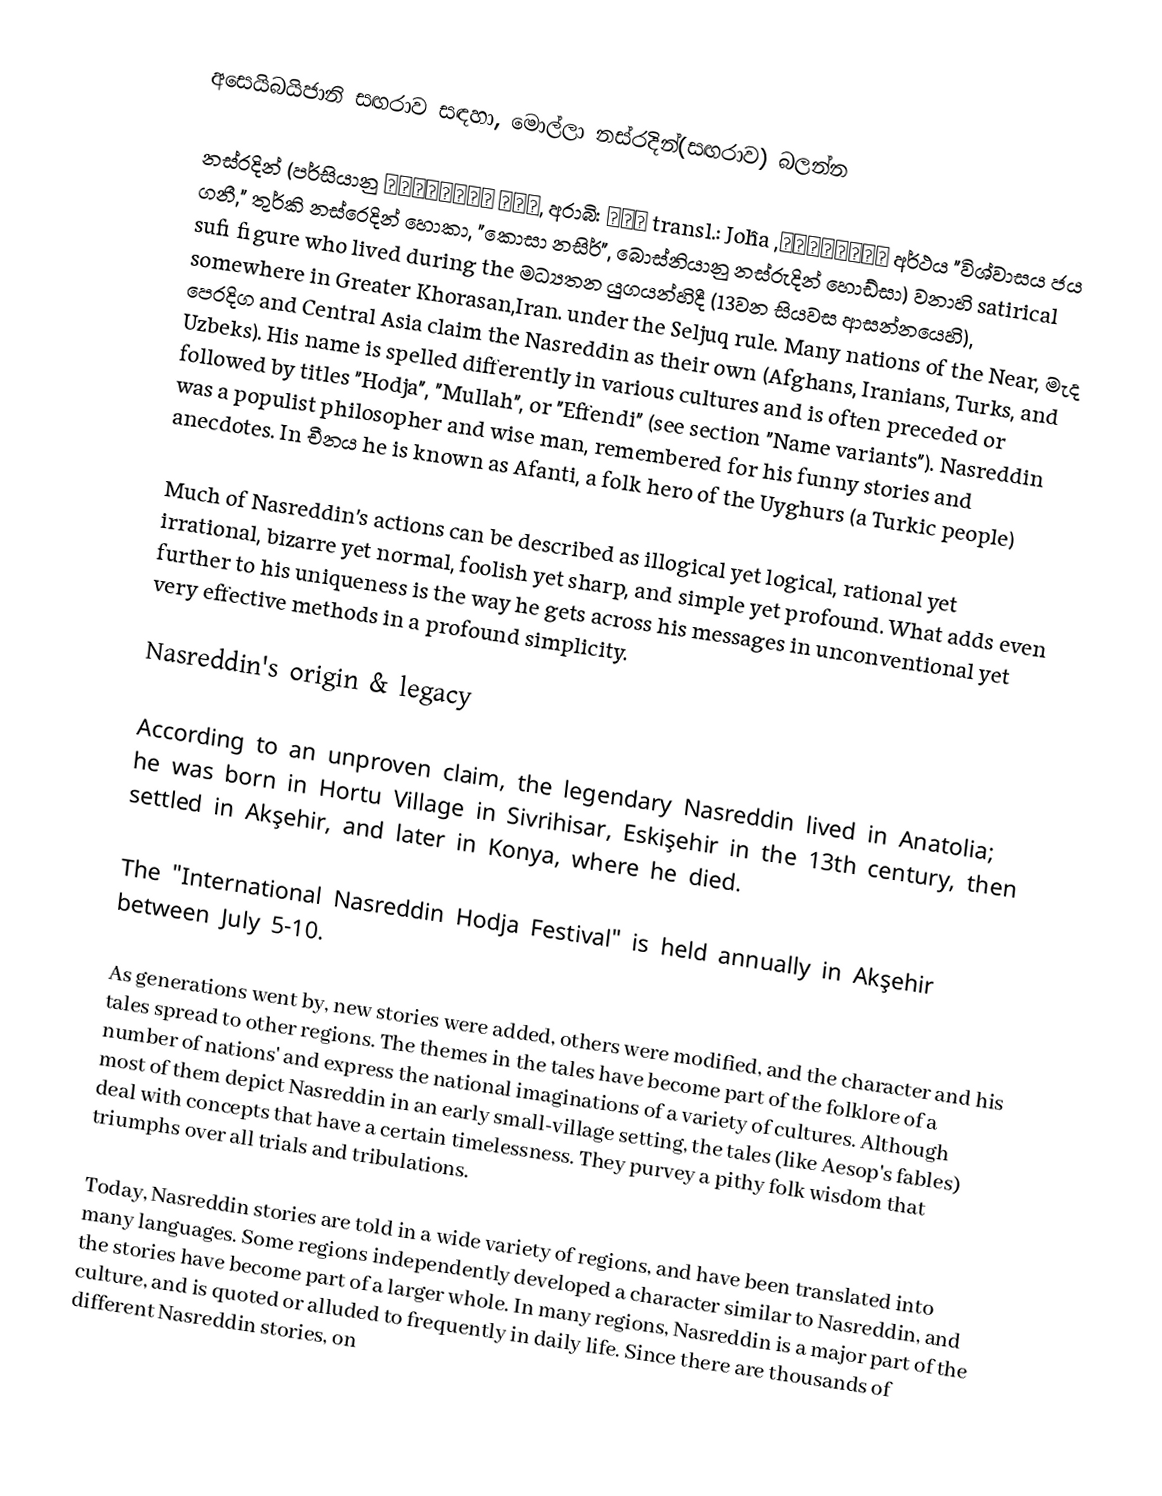
අසෙයිබයිජානි සඟරාව සඳහා,  මොල්ලා නස්රදින්(සඟරාව) බලන්න

නස්රදින් (පර්සියානු ملا نصرالدین, අරාබි: جحا transl.: Joĥa ,نصرالدين  අර්ථය "විශ්වාසය ජය ගනී," තුර්කි නස්රෙදින් හොකා,  "කොසා නසිර්",  බොස්නියානු නස්රුදින් හොඩ්සා) වනාහි satirical sufi figure who lived  during the මධ්‍යතන යුගයන්හිදී (13වන සියවස ආසන්නයෙහි), somewhere in Greater Khorasan,Iran. under the Seljuq rule. Many nations of the Near, මැද පෙරදිග and Central Asia claim the Nasreddin as their own (Afghans, Iranians, Turks, and Uzbeks). His name is spelled differently in various cultures and is often preceded or followed by titles "Hodja", "Mullah", or "Effendi" (see section "Name variants"). Nasreddin was a populist philosopher and wise man, remembered for his funny stories and anecdotes. In චීනය he is known as Afanti, a folk hero of the Uyghurs (a Turkic people)

Much of Nasreddin's actions can be described as illogical yet logical, rational yet irrational, bizarre yet normal, foolish yet sharp, and simple yet profound. What adds even further to his uniqueness is the way he gets across his messages in unconventional yet very effective methods in a profound simplicity.

Nasreddin's origin & legacy

According to an unproven claim, the legendary Nasreddin lived in Anatolia; he was born in Hortu Village in Sivrihisar, Eskişehir in the 13th century, then settled in Akşehir, and later in Konya, where he died.

The "International Nasreddin Hodja Festival" is held annually in Akşehir between July 5-10.

As generations went by, new stories were added, others were modified, and the character and his tales spread to other regions. The themes in the tales have become part of the folklore of a number of nations' and express the national imaginations of a variety of cultures. Although most of them depict Nasreddin in an early small-village setting, the tales (like Aesop's fables) deal with concepts that have a certain timelessness. They purvey a pithy folk wisdom that triumphs over all trials and tribulations.

Today, Nasreddin stories are told in a wide variety of regions, and have been translated into many languages. Some regions independently developed a character similar to Nasreddin, and the stories have become part of a larger whole. In many regions, Nasreddin is a major part of the culture, and is quoted or alluded to frequently in daily life. Since there are thousands of different Nasreddin stories, on